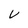
Character: V